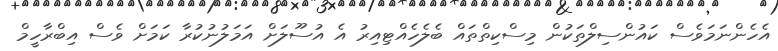
އެހެންނަމަވެސް ކައުންސިލްތަކުން މިސްކިތްތައް ބެލެހެއްޓިއިރު އެ އުސޫލަށް އަމަލުނުކުރާ ކަމަށް ވެސް އިބްރާހީމް